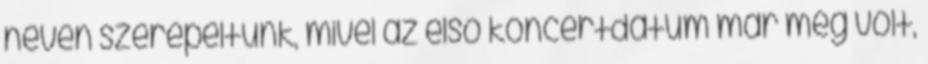
néven szerepeltünk, mivel az első koncertdátum már meg volt,